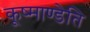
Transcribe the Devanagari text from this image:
कूष्माण्डेति